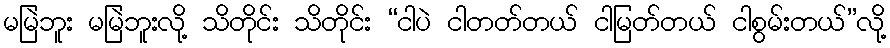
မမြဲဘူး မမြဲဘူးလို့ သိတိုင်း သိတိုင်း “ငါပဲ ငါတတ်တယ် ငါမြတ်တယ် ငါစွမ်းတယ်”လို့